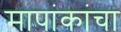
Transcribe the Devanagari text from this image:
मापांकांचा